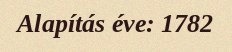
Alapítás éve: 1782